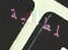
المطالبة